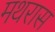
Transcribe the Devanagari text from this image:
मथरास